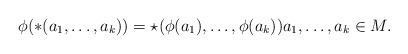
LaTeX: \begin{align*}\phi(\ast(a_1,\dots,a_k))=\star(\phi(a_1),\dots,\phi(a_k)) a_1,\dots,a_k \in M.\end{align*}